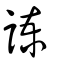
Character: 諫